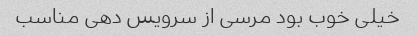
خیلی خوب بود مرسی از سرویس دهی مناسب